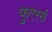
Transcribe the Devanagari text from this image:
फुएरर्स